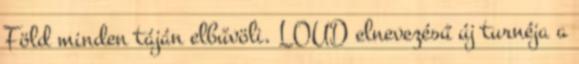
Föld minden táján elbűvöli. LOUD elnevezésű új turnéja a